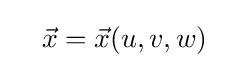
\quad {\vec {x}}={\vec {x}}(u,v,w)\;